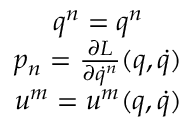
\begin{array} { c } { q ^ { n } = q ^ { n } } \\ { p _ { n } = \frac { \partial L } { \partial \dot { q } ^ { n } } ( q , \dot { q } ) } \\ { u ^ { m } = u ^ { m } ( q , \dot { q } ) } \end{array}